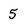
Character: 5